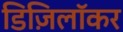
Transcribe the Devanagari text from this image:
डिज़िलॉकर